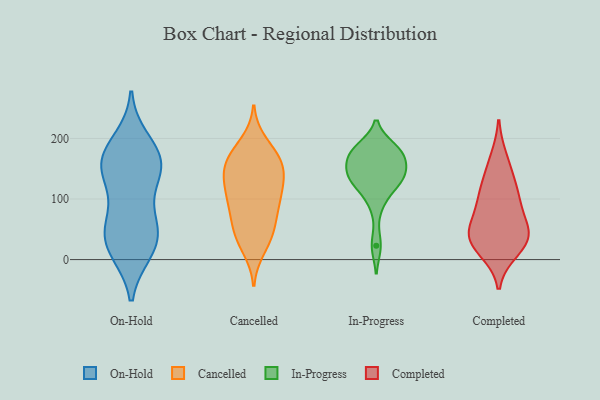
{"axis": {"x": "Energy Usage (MWh)", "y": "Value"}, "legend": ["Cancelled", "Completed", "In-Progress", "On-Hold"], "data": [{"x": "", "y": 47, "type": "On-Hold"}, {"x": "", "y": 148, "type": "On-Hold"}, {"x": "", "y": 151, "type": "On-Hold"}, {"x": "", "y": 57, "type": "On-Hold"}, {"x": "", "y": 163, "type": "On-Hold"}, {"x": "", "y": 18, "type": "On-Hold"}, {"x": "", "y": 149, "type": "On-Hold"}, {"x": "", "y": 14, "type": "On-Hold"}, {"x": "", "y": 17, "type": "On-Hold"}, {"x": "", "y": 177, "type": "On-Hold"}, {"x": "", "y": 46, "type": "On-Hold"}, {"x": "", "y": 121, "type": "On-Hold"}, {"x": "", "y": 68, "type": "On-Hold"}, {"x": "", "y": 169, "type": "On-Hold"}, {"x": "", "y": 196, "type": "On-Hold"}, {"x": "", "y": 108, "type": "Cancelled"}, {"x": "", "y": 151, "type": "Cancelled"}, {"x": "", "y": 128, "type": "Cancelled"}, {"x": "", "y": 158, "type": "Cancelled"}, {"x": "", "y": 117, "type": "Cancelled"}, {"x": "", "y": 44, "type": "Cancelled"}, {"x": "", "y": 79, "type": "Cancelled"}, {"x": "", "y": 164, "type": "Cancelled"}, {"x": "", "y": 18, "type": "Cancelled"}, {"x": "", "y": 109, "type": "Cancelled"}, {"x": "", "y": 95, "type": "Cancelled"}, {"x": "", "y": 44, "type": "Cancelled"}, {"x": "", "y": 166, "type": "Cancelled"}, {"x": "", "y": 82, "type": "Cancelled"}, {"x": "", "y": 59, "type": "Cancelled"}, {"x": "", "y": 193, "type": "Cancelled"}, {"x": "", "y": 181, "type": "Cancelled"}, {"x": "", "y": 152, "type": "Cancelled"}, {"x": "", "y": 31, "type": "Cancelled"}, {"x": "", "y": 138, "type": "Cancelled"}, {"x": "", "y": 184, "type": "In-Progress"}, {"x": "", "y": 156, "type": "In-Progress"}, {"x": "", "y": 129, "type": "In-Progress"}, {"x": "", "y": 129, "type": "In-Progress"}, {"x": "", "y": 178, "type": "In-Progress"}, {"x": "", "y": 129, "type": "In-Progress"}, {"x": "", "y": 140, "type": "In-Progress"}, {"x": "", "y": 177, "type": "In-Progress"}, {"x": "", "y": 152, "type": "In-Progress"}, {"x": "", "y": 177, "type": "In-Progress"}, {"x": "", "y": 93, "type": "In-Progress"}, {"x": "", "y": 23, "type": "In-Progress"}, {"x": "", "y": 166, "type": "Completed"}, {"x": "", "y": 44, "type": "Completed"}, {"x": "", "y": 27, "type": "Completed"}, {"x": "", "y": 41, "type": "Completed"}, {"x": "", "y": 100, "type": "Completed"}, {"x": "", "y": 107, "type": "Completed"}, {"x": "", "y": 38, "type": "Completed"}, {"x": "", "y": 87, "type": "Completed"}, {"x": "", "y": 16, "type": "Completed"}, {"x": "", "y": 136, "type": "Completed"}, {"x": "", "y": 45, "type": "Completed"}]}